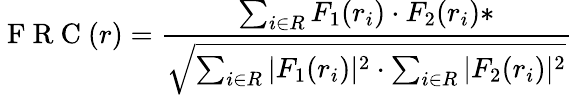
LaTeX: \mathrm{~F~R~C~}(r)=\frac{\sum_{i\in R}F_{1}(r_{i})\cdot F_{2}(r_{i})*}{\sqrt{\sum_{i\in R}|F_{1}(r_{i})|^{2}\cdot\sum_{i\in R}|F_{2}(r_{i})|^{2}}}